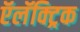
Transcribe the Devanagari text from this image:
ऍलॅक्ट्रिक